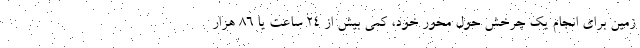
زمین برای انجام یک چرخش حول محور خود، کمی بیش از ۲۴ ساعت یا ۸۶ هزار